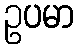
ဥပမာ